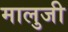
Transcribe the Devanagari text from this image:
मालुजी